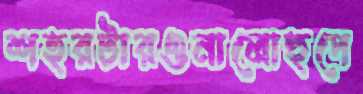
শহরটারওনালোহুপে